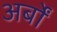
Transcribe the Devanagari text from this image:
अर्बों